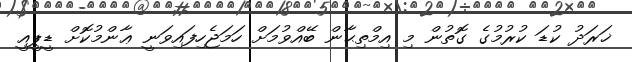
ޚަރަދު ކުޑަ ކުރުމުގެ ގޮޮތުން މި އިމްތިޙާން ބޭއްވުމަށް ހަމަޖެހިފައިވަނީ ޢާންމުކޮށް ޑީޕީއީ